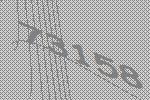
73158